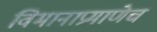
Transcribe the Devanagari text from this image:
विमानाप्रमाणेच